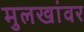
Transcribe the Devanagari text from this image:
मुलखांवर